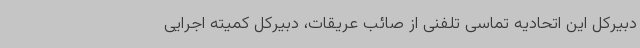
دبیرکل این اتحادیه تماسی تلفنی از صائب عریقات، دبیرکل کمیته اجرایی